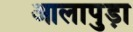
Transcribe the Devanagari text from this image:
आलापुड़ा